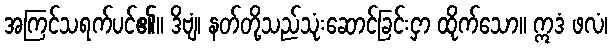
အကြင်သရက်ပင်၏။ ဒိဗျံ၊ နတ်တို့သည်သုံးဆောင်ခြင်းငှာ ထိုက်သော။ ဣဒံ ဖလံ၊